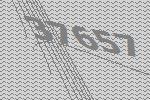
37657